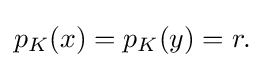
{\textstyle p_{K}(x)=p_{K}(y)=r.}